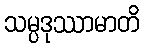
သမ္ပဒုဿာမာတိ